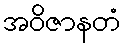
အဝိဇာနတံ